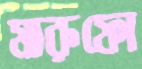
মারুফো